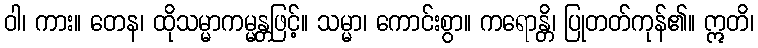
ဝါ၊ ကား။ တေန၊ ထိုသမ္မာကမ္မန္တဖြင့်။ သမ္မာ၊ ကောင်းစွာ။ ကရောန္တိ၊ ပြုတတ်ကုန်၏။ ဣတိ၊